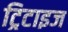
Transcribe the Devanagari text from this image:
ट्रिटाइज